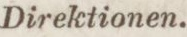
Direktionen.